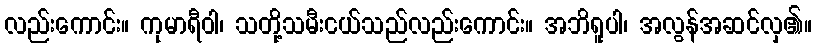
လည်းကောင်း။ ကုမာရီဝါ၊ သတို့သမီးငယ်သည်လည်းကောင်း။ အဘိရူပါ၊ အလွန်အဆင်လှ၏။